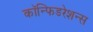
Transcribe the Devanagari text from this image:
कॉन्फिडरेशन्स